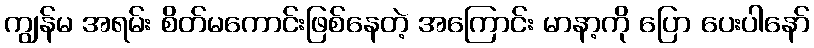
ကျွန်မ အရမ်း စိတ်မကောင်းဖြစ်နေတဲ့ အကြောင်း မာနာ့ကို ပြော ပေးပါနော်